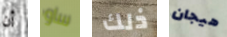
أن ساو ذلك هيجان